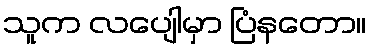
သူက လပျေါမှာ ပြံနတော။